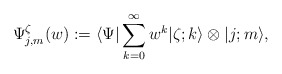
\begin{align*}\Psi_{j,m}^\zeta(w):=\langle \Psi \vert \sum_{k=0}^\infty w^k\vert \zeta; k \rangle\otimes \vert j; m \rangle,\end{align*}